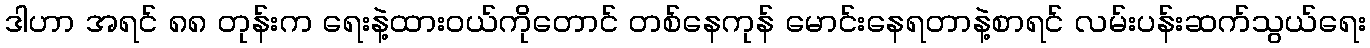
ဒါဟာ အရင် ၈၈ တုန်းက ရေးနဲ့ထားဝယ်ကိုတောင် တစ်နေကုန် မောင်းနေရတာနဲ့စာရင် လမ်းပန်းဆက်သွယ်ရေး